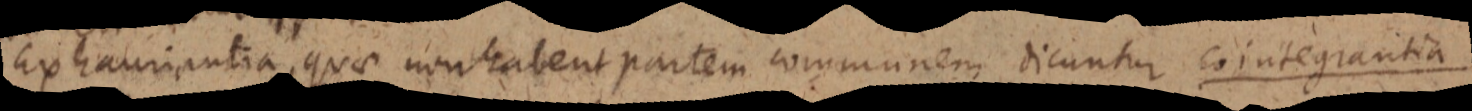
Exhauriantia quae non habent partem communem dicuntur eo integrantia